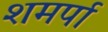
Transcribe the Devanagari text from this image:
शमर्पा